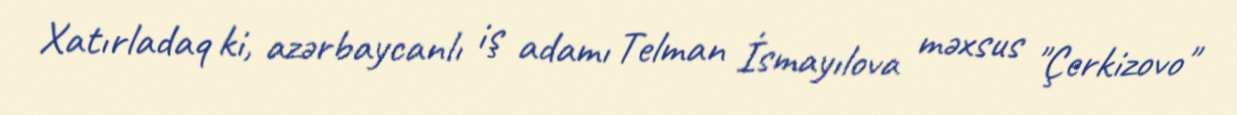
Xatırladaq ki, azərbaycanlı iş adamı Telman İsmayılova məxsus "Çerkizovo"